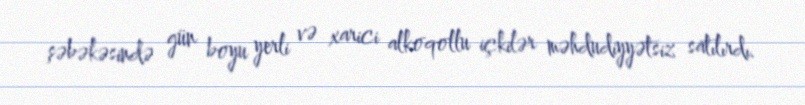
şəbəkəsində gün boyu yerli və xarici alkoqollu içkilər məhdudiyyətsiz satılırdı.